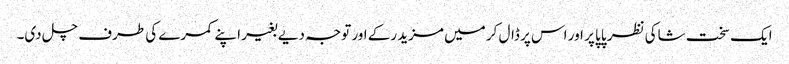
ایک سخت شاکی نظر پاپا پر اور اس پر ڈال کر میں مزید رکے اور توجہ دیے بغیر اپنے کمرے کی طرف چل دی۔